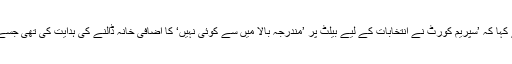
الیکشن کمیشن کے سیکریٹری اشتیاق احمد خان نے اسلام آباد میں بدھ کو میڈیا سے بات کرتے ہوئے کہا کہ ’سپریم کورٹ نے انتخابات کے لیے بیلٹ پر ’مندرجہ بالا میں سے کوئی نہیں‘ کا اضافی خانہ ڈالنے کی ہدایت کی تھی جسے ہم نے قانون سازی کے لیے تقریباً دو ماہ پہلے وزاتِ قانون کو بھیجا تھا لیکن وہاں یہ نہیں ہو سکا۔